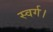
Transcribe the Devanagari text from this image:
स्वर्ग।